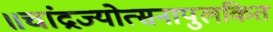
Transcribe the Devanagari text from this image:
॥चांद्रज्योत्सनापुलकित